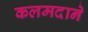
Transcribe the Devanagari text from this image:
कलमदाने